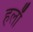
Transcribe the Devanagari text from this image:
हलाँ